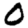
Digit: 0